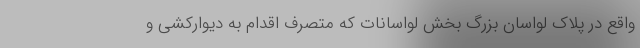
واقع در پلاک لواسان بزرگ بخش لواسانات که متصرف اقدام به دیوارکشی و